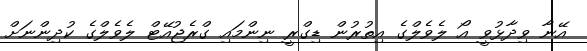
އޭނާ ވިދާޅުވީ އޯ ލެވެލްގެ އިތުރުން ޑިގްރީ ނިންމައި ގްރެޖުއޭޓް ލެވެލްގެ ކުދިންނަށް